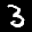
Label: 3